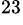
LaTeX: ^{23}